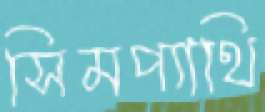
সিমপ্যাথি